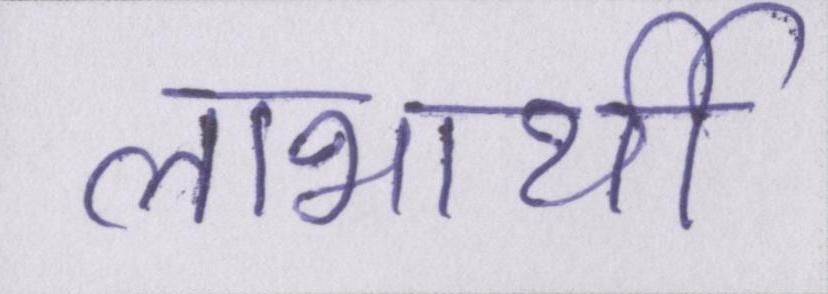
लाभार्थी